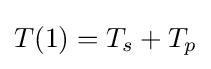
T(1)=T_{s}+T_{p}